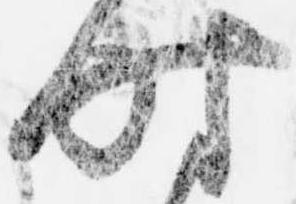
時